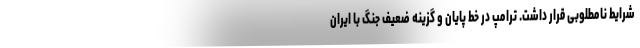
شرایط نامطلوبی قرار داشت. ترامپ در خط پایان و گزینه ضعیف جنگ با ایران